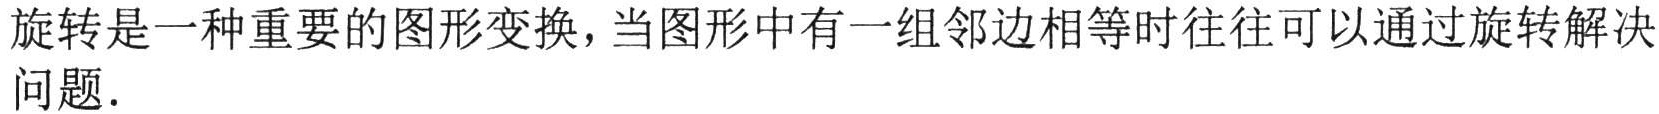
旋转是一种重要的图形变换，当图形中有一组邻边相等时往往可以通过旋转解决问题.